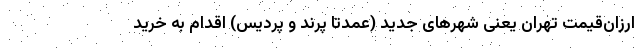
ارزان‌‌قیمت تهران یعنی شهرهای جدید (عمدتا پرند و پردیس) اقدام به خرید